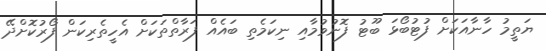
ޔަތީމު ހާނާއަކަށް ފުޓުބޯޅަ ބޫޓު ފޮނުވުމާއި ނިކަމެތި ބައެއް ފަރާތްތަކަށް އެހީތެރިކަން ފޯރުކޮށްދޭ